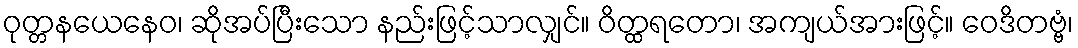
ဝုတ္တနယေနေဝ၊ ဆိုအပ်ပြီးသော နည်းဖြင့်သာလျှင်။ ဝိတ္ထရတော၊ အကျယ်အားဖြင့်။ ဝေဒိတဗ္ဗံ၊